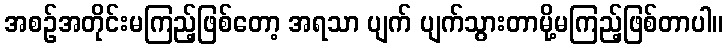
အစဉ်အတိုင်းမကြည့်ဖြစ်တော့ အရသာ ပျက် ပျက်သွားတာမို့မကြည့်ဖြစ်တာပါ။